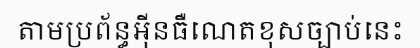
តាមប្រព័ន្ធអ៊ីនធឺណេតខុសច្បាប់នេះ